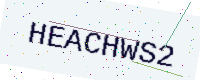
Text: HEACHWS2